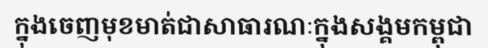
ក្នុងចេញមុខមាត់ជាសាធារណៈក្នុងសង្គមកម្ពុជា